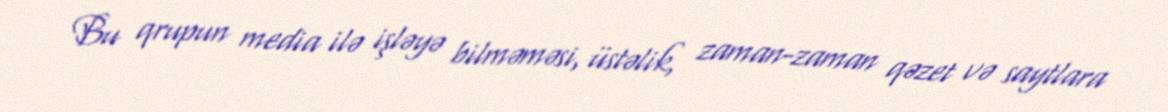
Bu qrupun media ilə işləyə bilməməsi, üstəlik, zaman-zaman qəzet və saytlara